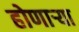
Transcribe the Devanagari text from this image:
होणार्‍या